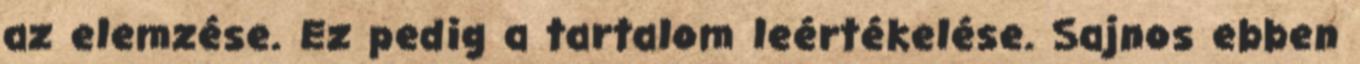
az elemzése. Ez pedig a tartalom leértékelése. Sajnos ebben